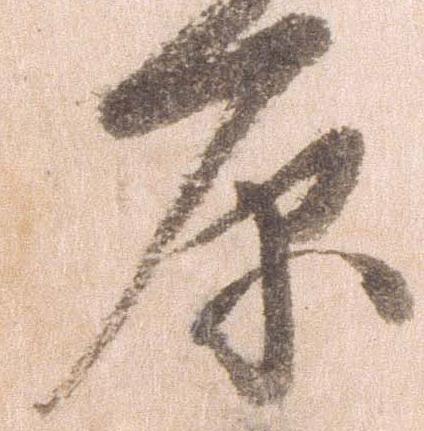
原